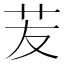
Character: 苃